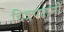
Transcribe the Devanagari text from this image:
चित्रपटानी